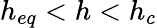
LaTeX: h_{eq}<h<h_{c}